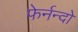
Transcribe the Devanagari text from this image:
फेर्नन्दो